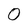
Character: 0